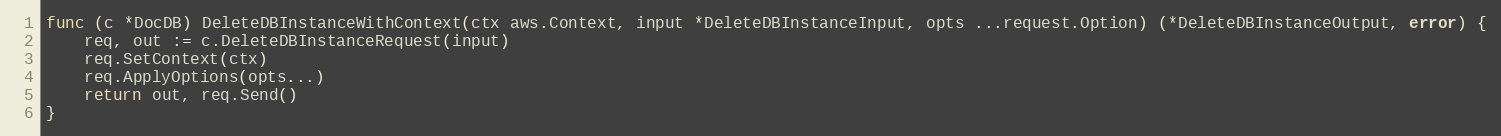
Language: Go
func (c *DocDB) DeleteDBInstanceWithContext(ctx aws.Context, input *DeleteDBInstanceInput, opts ...request.Option) (*DeleteDBInstanceOutput, error) {
	req, out := c.DeleteDBInstanceRequest(input)
	req.SetContext(ctx)
	req.ApplyOptions(opts...)
	return out, req.Send()
}